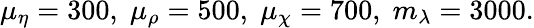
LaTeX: \mu_{\eta}=300,\; \mu_{\rho}=500,\; \mu_{\chi}=700,\; m_{\lambda}=3000.